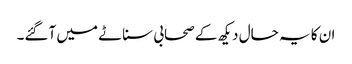
ان کا یہ حال دیکھ کے صحابی سناٹے میں آگئے۔